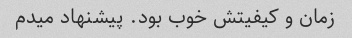
زمان و کیفیتش خوب بود. پیشنهاد میدم